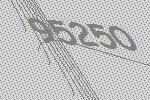
95250